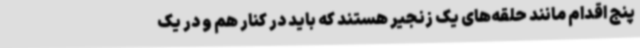
پنج اقدام مانند حلقه‌های یک زنجیر هستند که باید در کنار هم و در یک